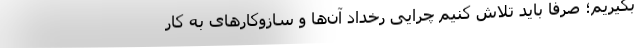
بگیریم؛ صرفاً باید تلاش کنیم چرایی رخدادِ آن‌ها و سازوکارهای به کار